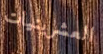
العشرينيات